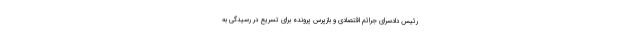
رئیس دادسرای جرائم اقتصادی و بازپرس پرونده برای تسریع در رسیدگی به